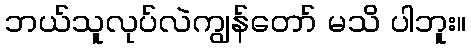
ဘယ်သူလုပ်လဲကျွန်တော် မသိ ပါဘူး။